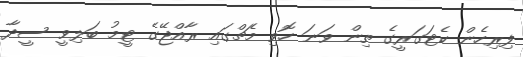
ފިރިހެން ކެޓަގަރީގެ ތިން ވަނަ ހޮވި މެޗްގައި ރާއްޖޭގެ ޓީމު ބަލިވީ ސީދާ